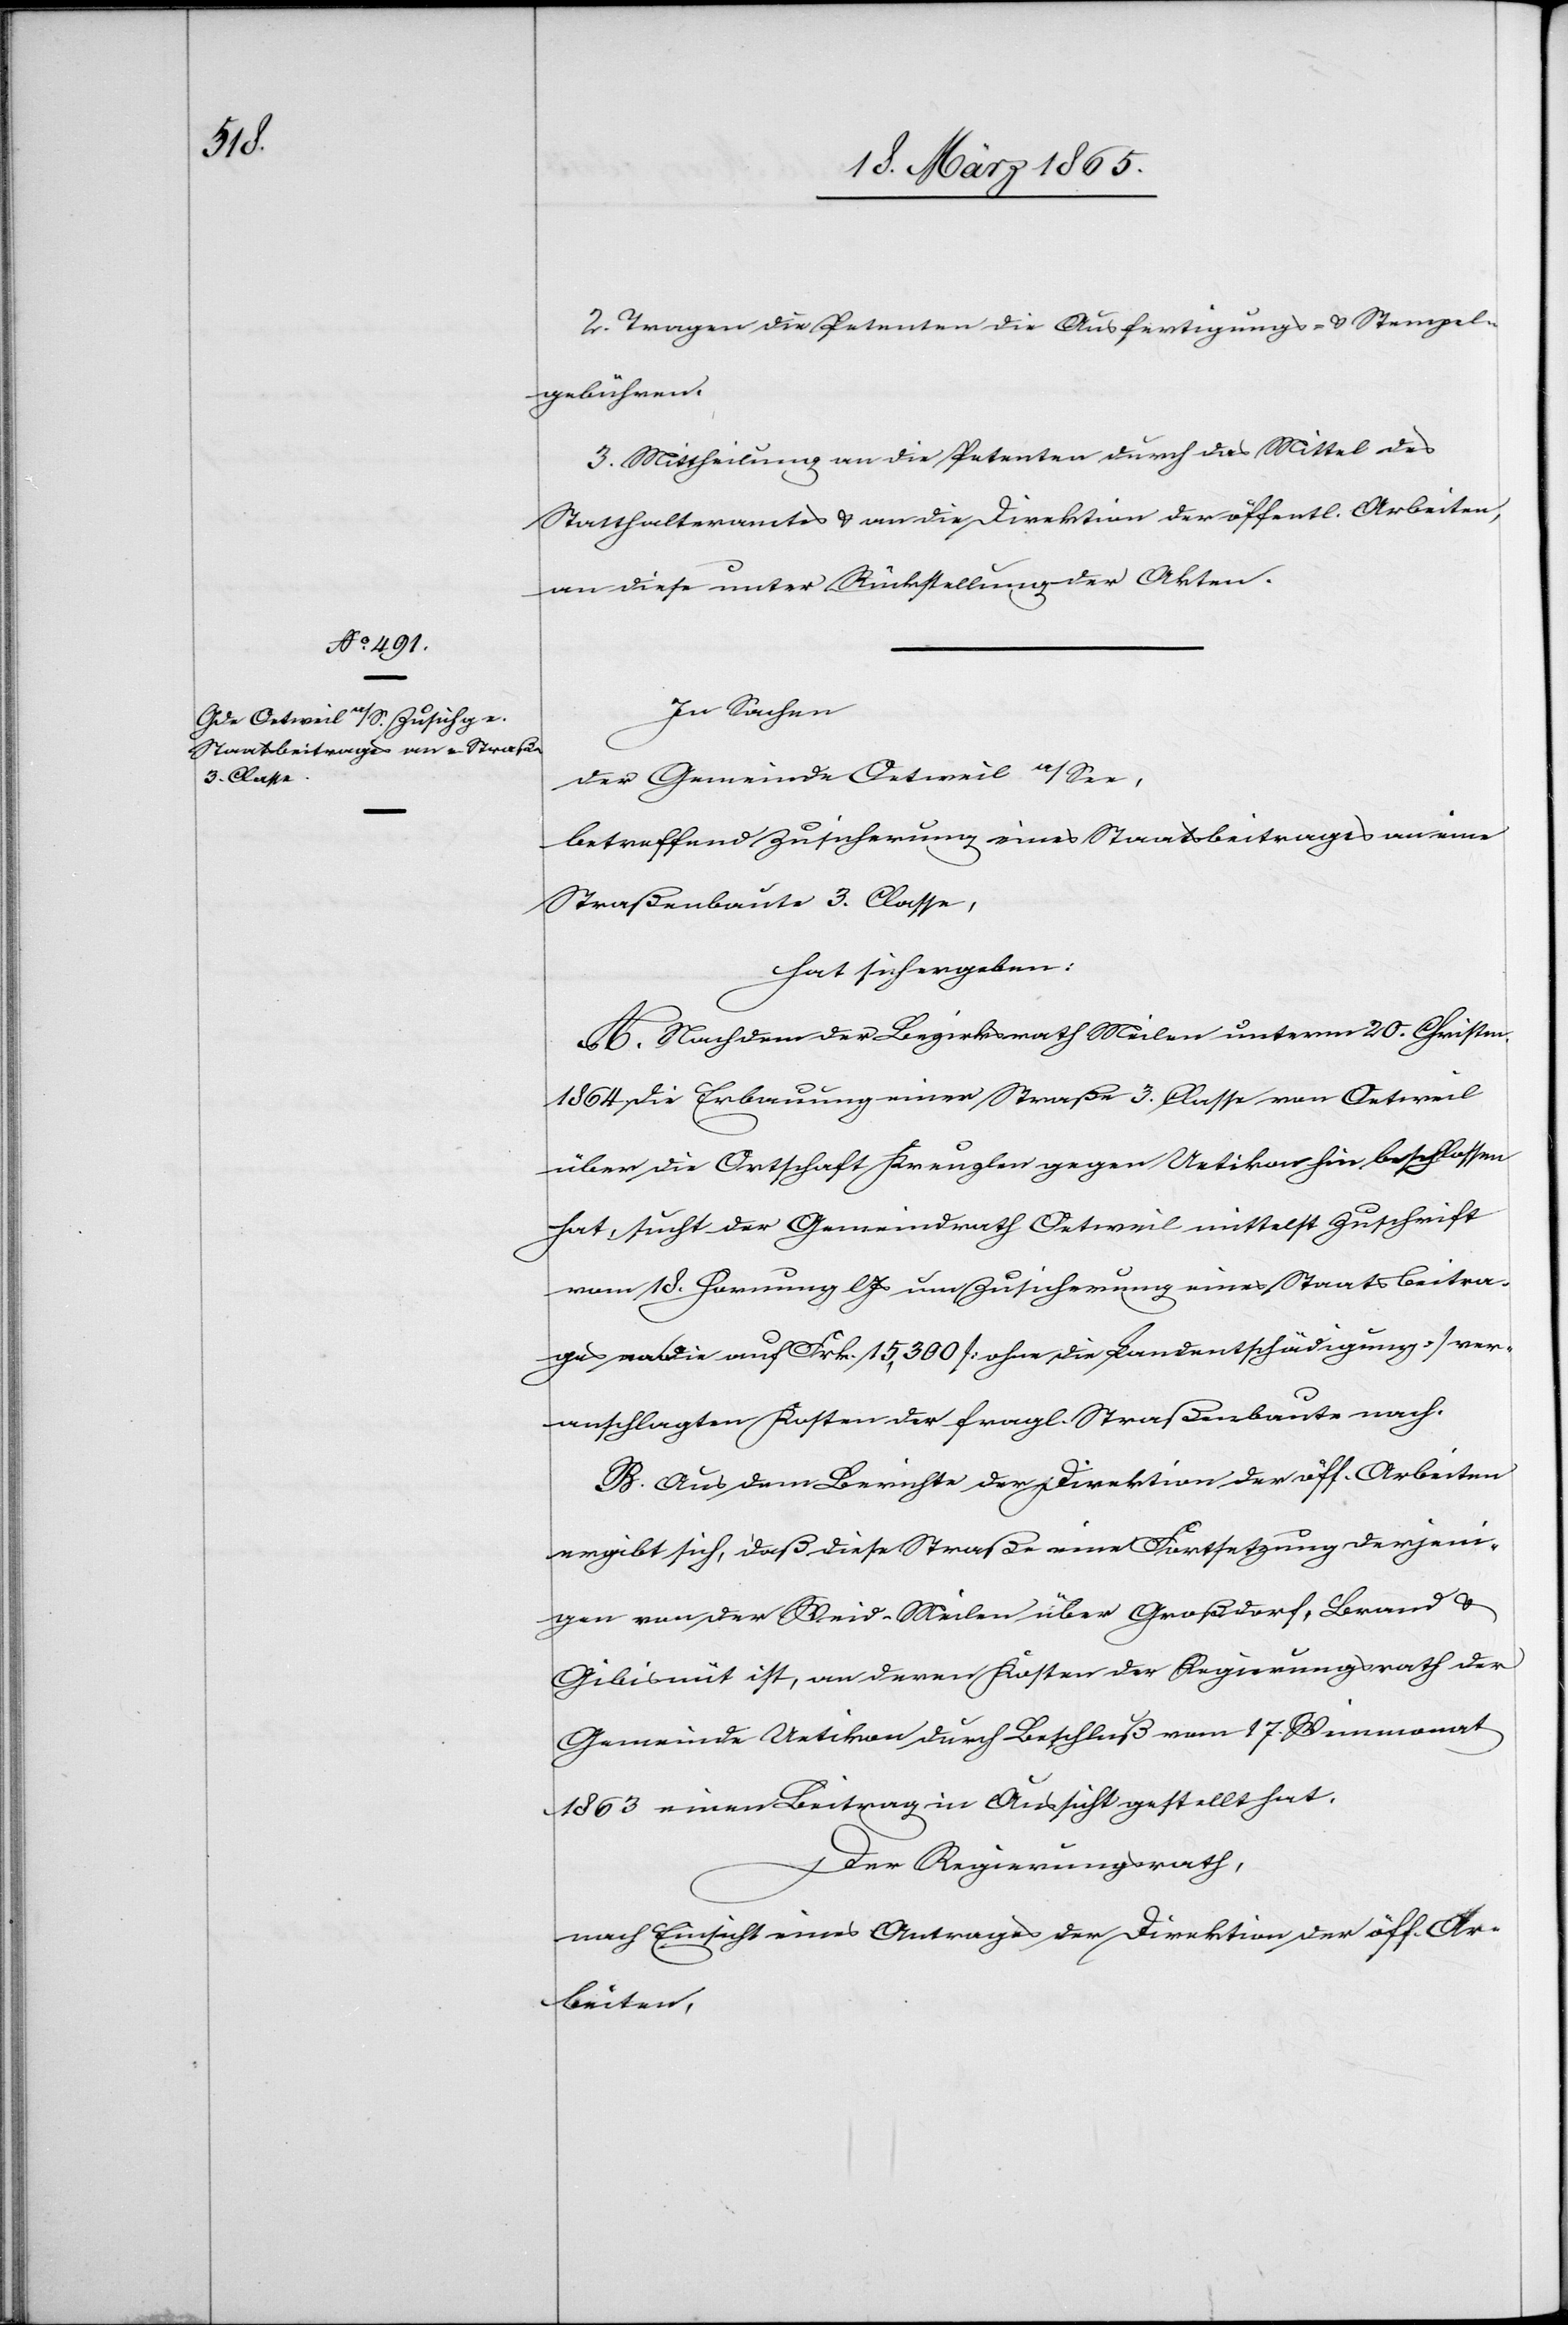
2. Tragen die Petenten die Ausfertigungs- & Stempel¬
gebühren.
3. Mittheilung an die Petenten durch das Mittel des
Statthalteramtes & an die Direktion der öffentl. Arbeiten,
an diese unter Rückstellung der Akten.
In Sachen
der Gemeinde Oetweil a/See,
betreffend Zusicherung eines Staatsbeitrages an eine
Straßenbaute 3. Classe,
hat sich ergeben:
A. Nachdem der Bezirksrath Meilen unterm 20. Christm.
1864 die Erbauung einer Straße 3. Classe von Oetweil
über die Ortschaft Kreuzlen gegen Uetikon hin beschlossen
hat, sucht der Gemeindrath Oetweil mittelst Zuschrift
vom 18. Hornung l Js um Zusicherung eines Staatsbeitra¬
ges an die auf Frk. 15,300 [ohne die Landentschädigung] ver¬
anschlagten Kosten der fragl. Straßenbaute nach.
B. Aus dem Berichte der Direktion der öff. Arbeiten
ergibt sich, daß diese Straße eine Fortsetzung derjeni¬
gen von der Weid-Meilen über Großdorf, Brand &
Gibisnüt ist, an deren Kosten der Regierungsrath der
Gemeinde Uetikon durch Beschluß vom 17. Weinmonat
1863 einen Beitrag in Aussicht gestellt hat.
Der Regierungsrath,
nach Einsicht eines Antrages der Direktion der öff. Ar¬
beiten,